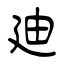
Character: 廸